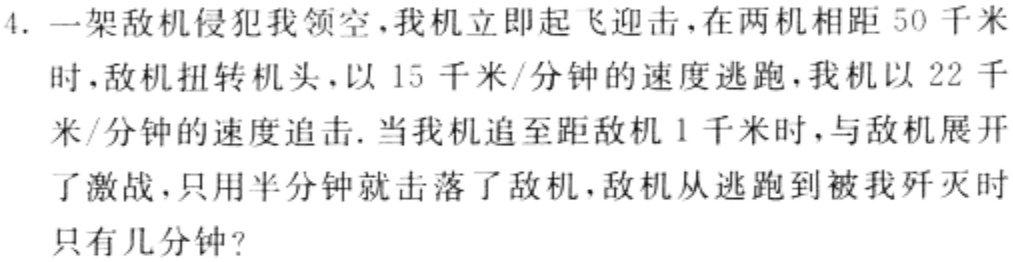
4. 一架敌机侵犯我领空，我机立即起飞迎击，在两机相距 50 千米时，敌机扭转机头，以 15 千米/分钟的速度逃跑，我机以 22 千米/分钟的速度追击. 当我机追至距敌机 1 千米时，与敌机展开了激战，只用半分钟就击落了敌机，敌机从逃跑到被我歼灭时只有几分钟？